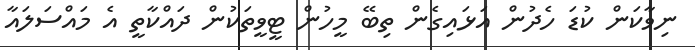
ނިވާކަން ކުޑަ ހެދުން އަޅައިގެން ތިބޭ މީހުން ޓީވީތަކުން ދައްކާތީ އެ މައްސަލައާ